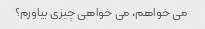
می خواهم، می خواهی چیزی بیاورم؟